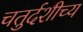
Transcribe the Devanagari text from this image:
चतुर्दशीच्य